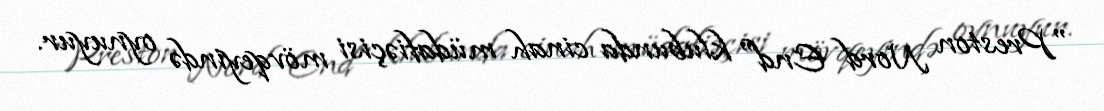
"Preston Nord End" klubunda cinah müdafiəçisi mövqeyində oynuyur.